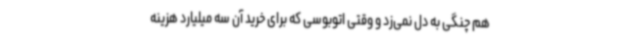
هم چنگی به دل نمی‌زد و وقتی اتوبوسی که برای خرید آن سه میلیارد هزینه